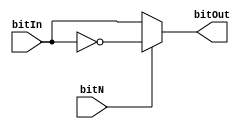
module bitNegator (bitIn, bitN, bitOut);

	input bitIn, bitN;
	output bitOut;
	
	reg bitOut;
	
	
	always @ (bitIn or bitN)
	begin
	
		if (bitN)
		begin
			bitOut = ~ bitIn;
		end
		else
		begin
			bitOut = bitIn;
		end
	
	end

endmodule